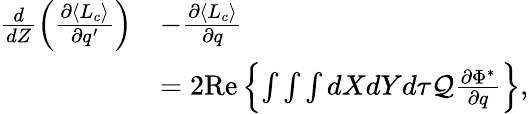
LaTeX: \begin{array}{rl}{\frac{d}{dZ}\left(\frac{\partial\langle L_{c}\rangle}{\partial q^{\prime}}\right)}&{-\frac{\partial\langle L_{c}\rangle}{\partial q}}\\ &{=2\mathrm{Re}\left\{ \int\int\int dXdYd\tau\mathcal{Q}\frac{\partial\Phi^{\ast}}{\partial q}\right\} ,}\end{array}